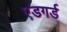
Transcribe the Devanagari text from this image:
एडगर्ड